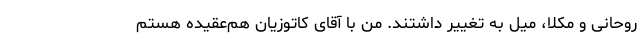
روحانی و مکلا، میل به تغییر داشتند. من با آقای کاتوزیان هم‌عقیده هستم